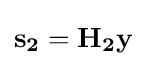
\mathbf {s_{2}} =\mathbf {H_{2}} \mathbf {y}